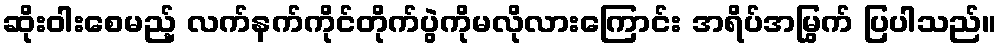
ဆိုးဝါးစေမည့် လက်နက်ကိုင်တိုက်ပွဲကိုမလိုလားကြောင်း အရိပ်အမြွက် ပြပါသည်။